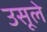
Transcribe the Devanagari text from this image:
उसूले